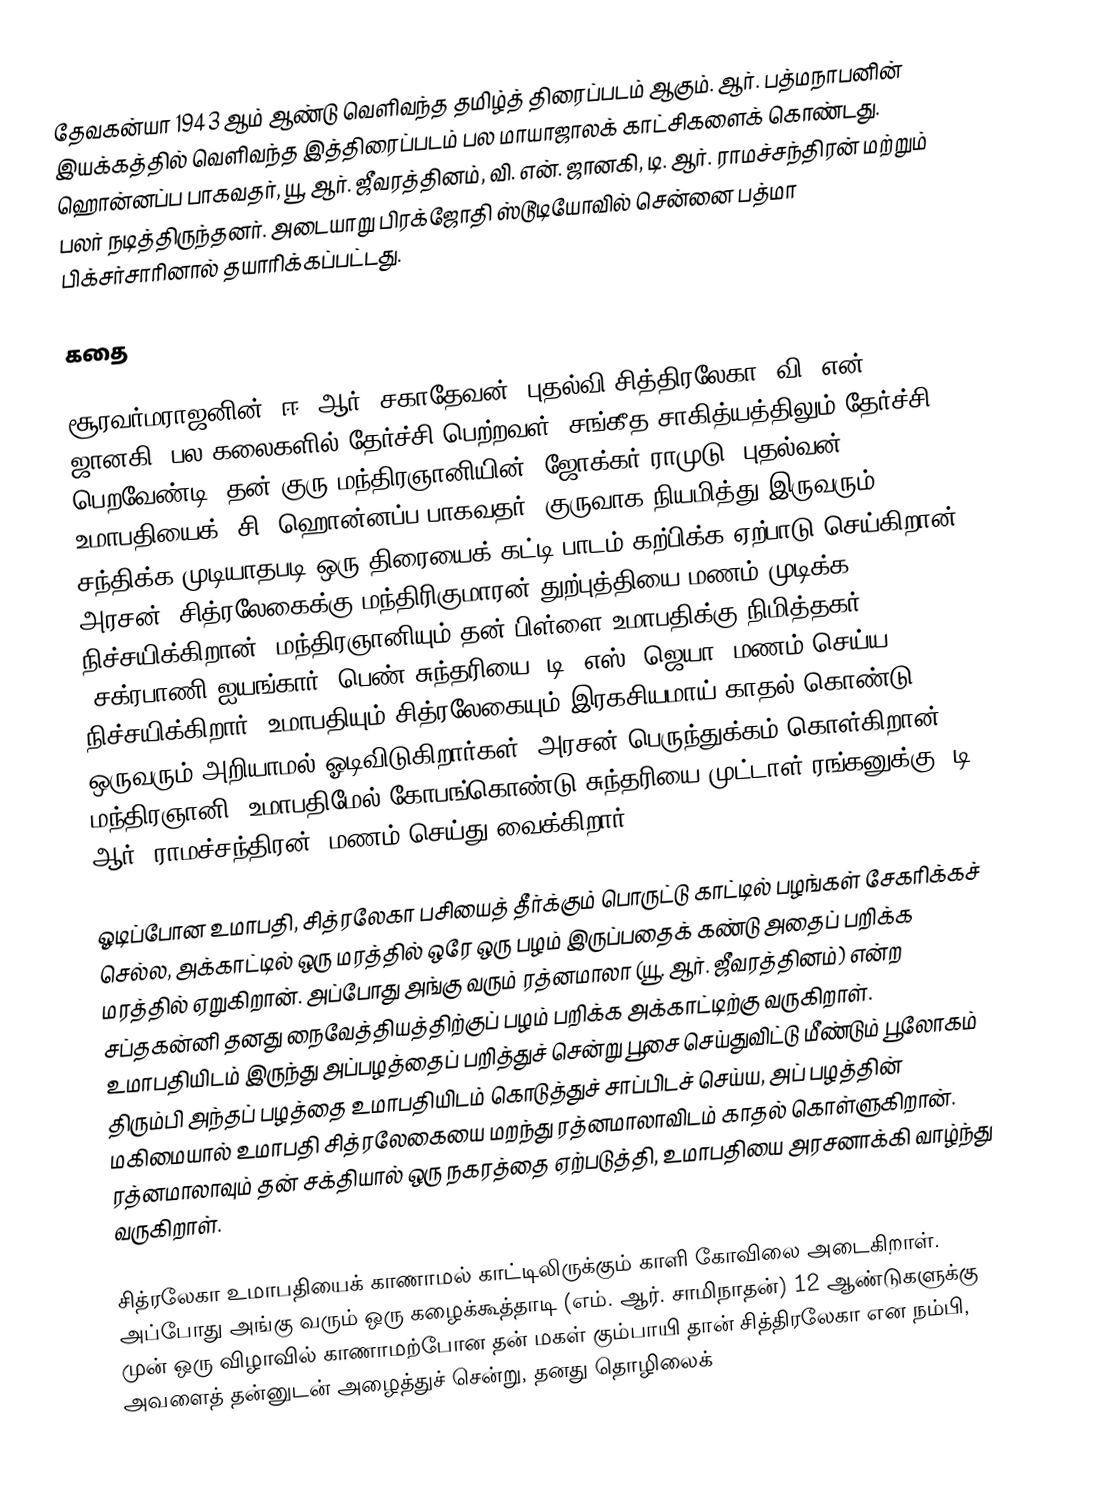
தேவகன்யா 1943 ஆம் ஆண்டு வெளிவந்த தமிழ்த் திரைப்படம் ஆகும். ஆர். பத்மநாபனின் இயக்கத்தில் வெளிவந்த இத்திரைப்படம் பல மாயாஜாலக் காட்சிகளைக் கொண்டது. ஹொன்னப்ப பாகவதர், யூ. ஆர். ஜீவரத்தினம், வி. என். ஜானகி, டி. ஆர். ராமச்சந்திரன் மற்றும் பலர் நடித்திருந்தனர். அடையாறு பிரக்ஜோதி ஸ்டூடியோவில் சென்னை பத்மா பிக்சர்சாரினால் தயாரிக்கப்பட்டது.

கதை

சூரவர்மராஜனின் (ஈ. ஆர். சகாதேவன்) புதல்வி சித்திரலேகா (வி. என். ஜானகி) பல கலைகளில் தேர்ச்சி பெற்றவள். சங்கீத சாகித்யத்திலும் தேர்ச்சி பெறவேண்டி, தன் குரு மந்திரஞானியின் (ஜோக்கர் ராமுடு) புதல்வன் உமாபதியைக் (சி. ஹொன்னப்ப பாகவதர்) குருவாக நியமித்து இருவரும் சந்திக்க முடியாதபடி ஒரு திரையைக் கட்டி பாடம் கற்பிக்க ஏற்பாடு செய்கிறான். அரசன், சித்ரலேகைக்கு மந்திரிகுமாரன் துற்புத்தியை மணம் முடிக்க நிச்சயிக்கிறான். மந்திரஞானியும் தன் பிள்ளை உமாபதிக்கு நிமித்தகர் (சக்ரபாணி ஐயங்கார்) பெண் சுந்தரியை (டி. எஸ். ஜெயா) மணம் செய்ய நிச்சயிக்கிறார். உமாபதியும் சித்ரலேகையும் இரகசியமாய் காதல் கொண்டு ஒருவரும் அறியாமல் ஓடிவிடுகிறார்கள். அரசன் பெருந்துக்கம் கொள்கிறான். மந்திரஞானி, உமாபதிமேல் கோபங்கொண்டு சுந்தரியை முட்டாள் ரங்கனுக்கு (டி. ஆர். ராமச்சந்திரன்) மணம் செய்து வைக்கிறார்.

ஓடிப்போன உமாபதி, சித்ரலேகா பசியைத் தீர்க்கும் பொருட்டு காட்டில் பழங்கள் சேகரிக்கச் செல்ல, அக்காட்டில் ஒரு மரத்தில் ஒரே ஒரு பழம் இருப்பதைக் கண்டு அதைப் பறிக்க மரத்தில் ஏறுகிறான். அப்போது அங்கு வரும் ரத்னமாலா (யூ. ஆர். ஜீவரத்தினம்) என்ற சப்தகன்னி தனது நைவேத்தியத்திற்குப் பழம் பறிக்க அக்காட்டிற்கு வருகிறாள். உமாபதியிடம் இருந்து அப்பழத்தைப் பறித்துச் சென்று பூசை செய்துவிட்டு மீண்டும் பூலோகம் திரும்பி அந்தப் பழத்தை உமாபதியிடம் கொடுத்துச் சாப்பிடச் செய்ய, அப் பழத்தின் மகிமையால் உமாபதி சித்ரலேகையை மறந்து ரத்னமாலாவிடம் காதல் கொள்ளுகிறான். ரத்னமாலாவும் தன் சக்தியால் ஒரு நகரத்தை ஏற்படுத்தி, உமாபதியை அரசனாக்கி வாழ்ந்து வருகிறாள்.

சித்ரலேகா உமாபதியைக் காணாமல் காட்டிலிருக்கும் காளி கோவிலை அடைகிறாள். அப்போது அங்கு வரும் ஒரு கழைக்கூத்தாடி (எம். ஆர். சாமிநாதன்) 12 ஆண்டுகளுக்கு முன் ஒரு விழாவில் காணாமற்போன தன் மகள் கும்பாயி தான் சித்திரலேகா என நம்பி, அவளைத் தன்னுடன் அழைத்துச் சென்று, தனது தொழிலைக்